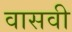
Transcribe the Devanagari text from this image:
वासवी